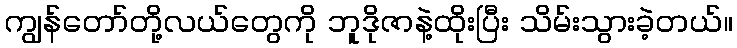
ကျွန်တော်တို့လယ်တွေကို ဘူဒိုဇာနဲ့ထိုးပြီး သိမ်းသွားခဲ့တယ်။